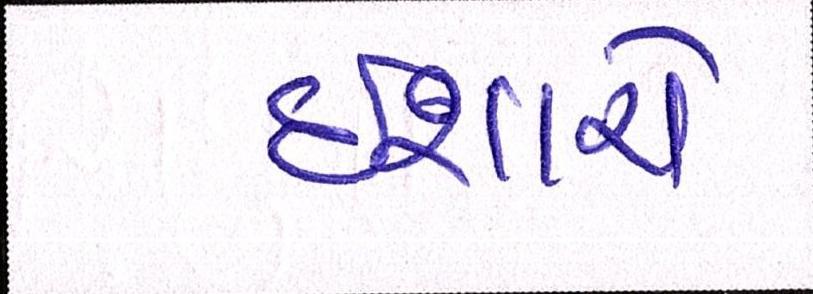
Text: ઈશારો